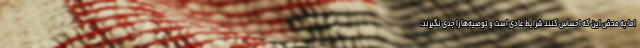
اما به محض این که احساس کنند شرایط عادی است و توصیه‌ها را جدی نگیرند،